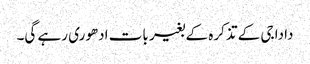
دادا جی کے تذکرہ کے بغیر بات ادھوری رہے گی۔